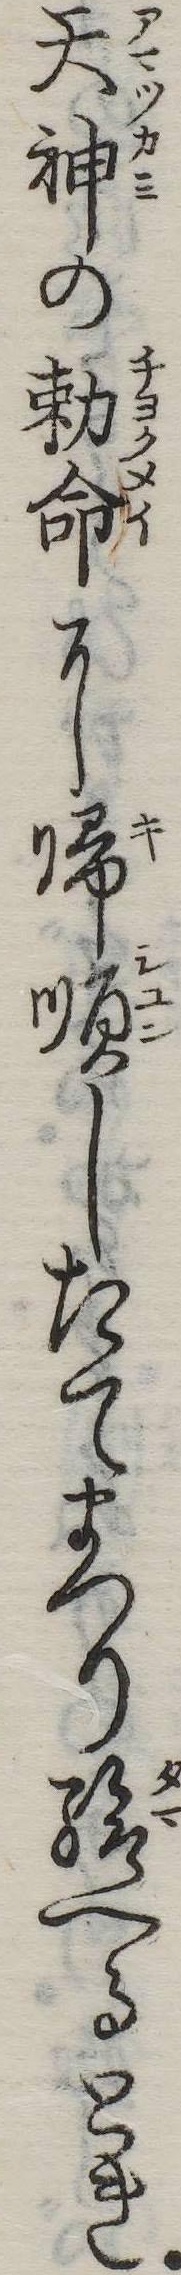
天神の勅命に帰順したてまつり給へるとき